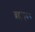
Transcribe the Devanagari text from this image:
ब्रह्मह्रदय